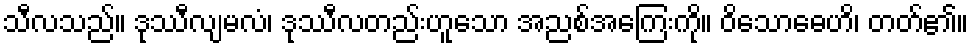
သီလသည်။ ဒုဿီလျမလံ၊ ဒုဿီလတည်းဟူသော အညစ်အကြေးကို။ ဝိသောဓေဟိ၊ တတ်၏။